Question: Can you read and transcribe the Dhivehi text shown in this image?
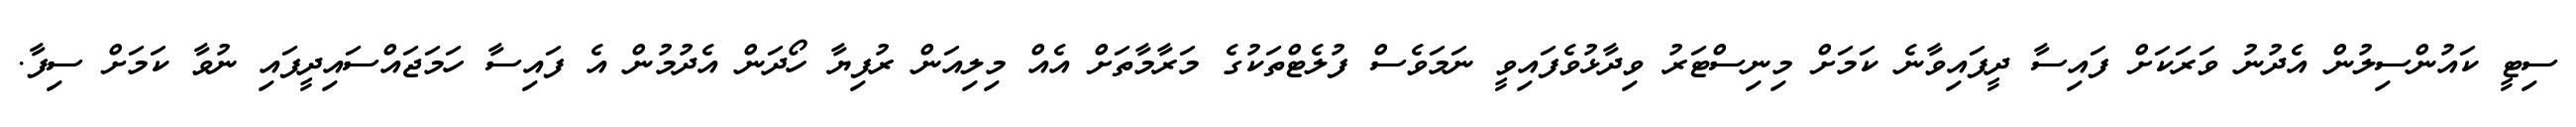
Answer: ސިޓީ ކައުންސިލުން އެދުނު ވަރަކަށް ފައިސާ ދީފައިވާނެ ކަމަށް މިނިސްޓަރު ވިދާޅުވެފައިވީ ނަމަވެސް ފުލެޓްތަކުގެ މަރާމާތަށް އެއް މިލިއަން ރުފިޔާ ހޯދަން އެދުމުން އެ ފައިސާ ހަމަޖައްސައިދީފައި ނުވާ ކަމަށް ސިފާ.